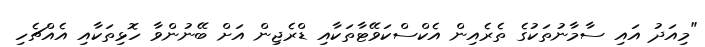
"މިއަދު އައި ސާމާނުތަކުގެ ތެރެއިން އެކްސްކަވޭޓާތަކާއި ޑްރެޖިން އަށް ބޭނުންވާ ހޮޅިތަކާއި އެއްޗެހި